Civil Veterinary Dept. Bombay admin report 1907-1913 - 1907-1913
Year: 1907
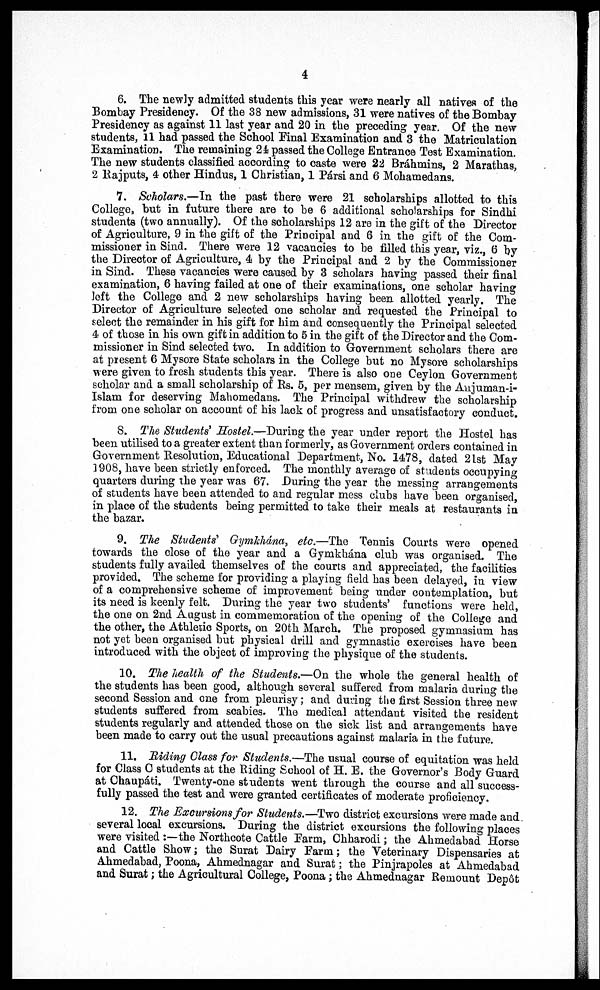
4
6. The newly admitted students this year were nearly all natives of the
Bombay Presidency. Of the 38 new admissions, 31 were natives of the Bombay
Presidency as against 11 last year and 20 in the preceding year. Of the new
students, 11 had passed the School Final Examination and 3 the Matriculation
Examination. The remaining 24 passed the College Entrance Test Examination.
The new students classified according to caste were 22 Brahmins, 2 Marathas,
2 Rajputs, 4 other Hindus, 1 Christian, 1 Pársi and 6 Mohamedans.
7. Scholars.—Tn the past there were 21 scholarships allotted to this
College, but in future there are to be 6 additional scholarships for Sindhi
students (two annually). Of the scholarships 12 are in the gift of the Director
of Agriculture, 9 in the gift of the Principal and 6 in the gift of the Com-
missioner in Sind. There were 12 vacancies to be filled this year, viz., 6 by
the Director of Agriculture, 4 by the Principal and 2 by the Commissioner
in Sind. These vacancies were caused by 3 scholars having passed their final
examination, 6 having failed at one of their examinations, one scholar having
left the College and 2 new scholarships having been allotted yearly. The
Director of Agriculture selected one scholar and requested the Principal to
select the remainder in his gift for him and consequently the Principal selected
4 of those in his own gift in addition to 5 in the gift of the Director and the Com-
missioner in Sind selected two. In addition to Government scholars there are
at present 6 Mysore State scholars in the College but no Mysore scholarships
were given to fresh students this year. There is also one Ceylon Government
scholar and a small scholarship of Rs. 6, per mensem, given by the Aujuman-i-
Islam for deserving Mahomedans. The Principal withdrew the scholarship
from one scholar on account of his lack of progress and unsatisfactory conduct.
S. The Students' Hostel.—During the year under report the Hostel has
been utilised to a greater extent than formerly, as Government orders contained in
Government Resolution, Educational Department, No. 1478, dated 21st May
1908, have been strictly enforced. The monthly average of students occupying
quarters during the year was 67. During the year the messing arrangements
of students have been attended to and regular mess clubs have been organised,
in place of the students being permitted to take their meals at restaurants in
the bazar.
9. The Students' Gymkhana, etc.—The Tennis Courts were opened
towards the close of the year and a Gymkhana club was organised. The
students fully availed themselves of the courts and appreciated, the facilities
provided. The scheme for providing a playing field has been delayed, in view
of a comprehensive scheme of improvement being under contemplation, but
its need is keenly felt. During the year two students' functions were held,
the one on 2nd August in commemoration of the opening of the College and
the other, the Athletic Sports, on 20th March. The proposed gymnasium has
not yet been organised but physical drill and gymnastic exercises have been
introduced with the object of improving the physique of the students.
10. The health of the Students.—On the whole the general health of
the students has been good, although several suffered from malaria during the
second Session and one from pleurisy; and during the first Session three new
students suffered from scabies. The medical attendant visited the resident
students regularly and attended those on the sick list and arrangements have
been made to carry out the usual precautions against malaria in the future.
11. Biding Class for Students.—The usual course of equitation was held
for Class C students at the Riding School of H. E. the Governor's Body Guard
at Chaupáti. Twenty-one students went through the course and all success-
fully passed the test and were granted certificates of moderate proficiency.
12. The Excursions for Students.—Two district excursions were made and
several local excursions. During the district excursions the following places
were visited :—the Northcote Cattle Farm, Chharodi; the Ahmedabad Horse
and Cattle Show; the Surat Dairy Farm; the Veterinary Dispensaries at
Ahmedabad, Poona, Ahmednagar and Surat; the Pinjrapoles at Ahmedabad
and Surat; the Agricultural College, Poona; the Ahmednagar Remount Depôt